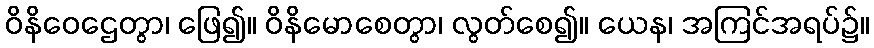
ဝိနိဝေဌေတွာ၊ ဖြေ၍။ ဝိနိမောစေတွာ၊ လွတ်စေ၍။ ယေန၊ အကြင်အရပ်၌။